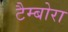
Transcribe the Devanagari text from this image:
टैम्बोरा